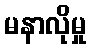
မနာလိုမှု